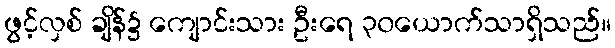
ဖွင့်လှစ် ချိန်၌ ကျောင်းသား ဦးရေ ၃၀ယောက်သာရှိသည်။